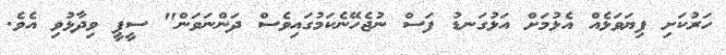
ހަރުކަށި ފިޔަވަޅެއް އެޅުމަށް އަޅުގަނޑު ފަސް ނުޖެހޭނެކަމުގައިވެސް ދަންނަވަން" ސީޕީ ވިދާޅުވި އެވެ.